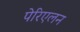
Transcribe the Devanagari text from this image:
पेरिएलन